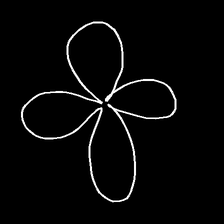
Glyph: billowing